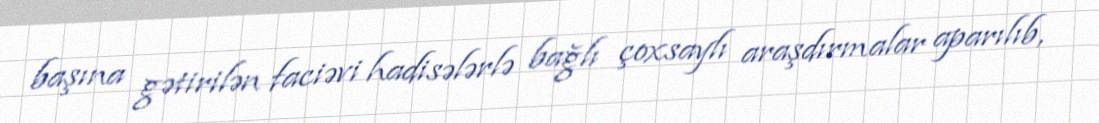
başına gətirilən faciəvi hadisələrlə bağlı çoxsaylı araşdırmalar aparılıb,